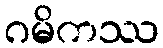
ဂမိကဿ